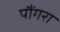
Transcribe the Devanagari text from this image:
पौंगरा